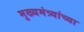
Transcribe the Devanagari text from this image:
मुख्यमंत्र्यांच्‍या